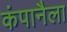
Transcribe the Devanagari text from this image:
कंपानैला